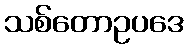
သစ်တောဥပဒေ